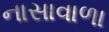
નાસાવાળા